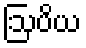
ဩပိယ